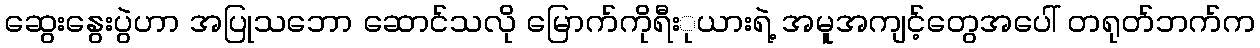
ဆွေးနွေးပွဲဟာ အပြုသဘော ဆောင်သလို မြောက်ကိုရီးုယားရဲ့ အမူအကျင့်တွေအပေါ် တရုတ်ဘက်က